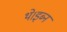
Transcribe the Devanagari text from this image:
थे।इब्न